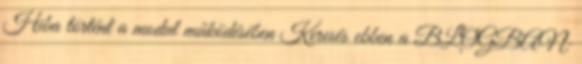
Hiba történt a modul működésében Keresés ebben a BLOGBAN: